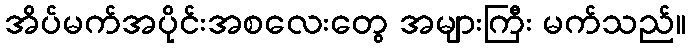
အိပ်မက်အပိုင်းအစလေးတွေ အများကြီး မက်သည်။